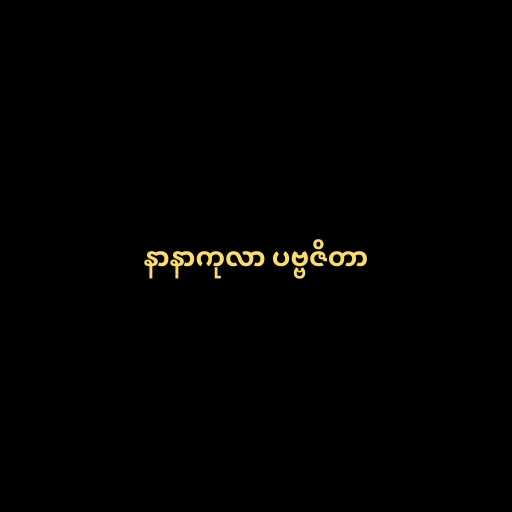
နာနာကုလာ ပဗ္ဗဇိတာ